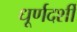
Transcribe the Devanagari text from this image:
धूर्णदर्शी